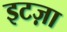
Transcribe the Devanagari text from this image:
इटज़ा